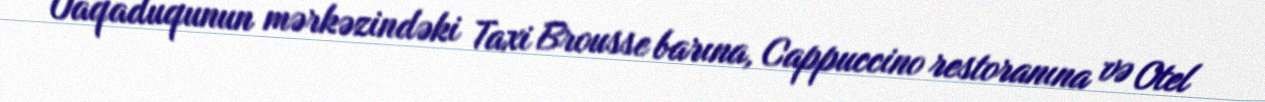
Uaqaduqunun mərkəzindəki Taxi Brousse barına, Cappuccino restoranına və Otel